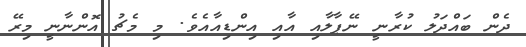
ދެން ބައްދަލު ކުރާނީ ނޭޕާލާއި އާއި އިންޑިއާއެވެ. މި މެޗު އޮންނާނީ މިރޭ